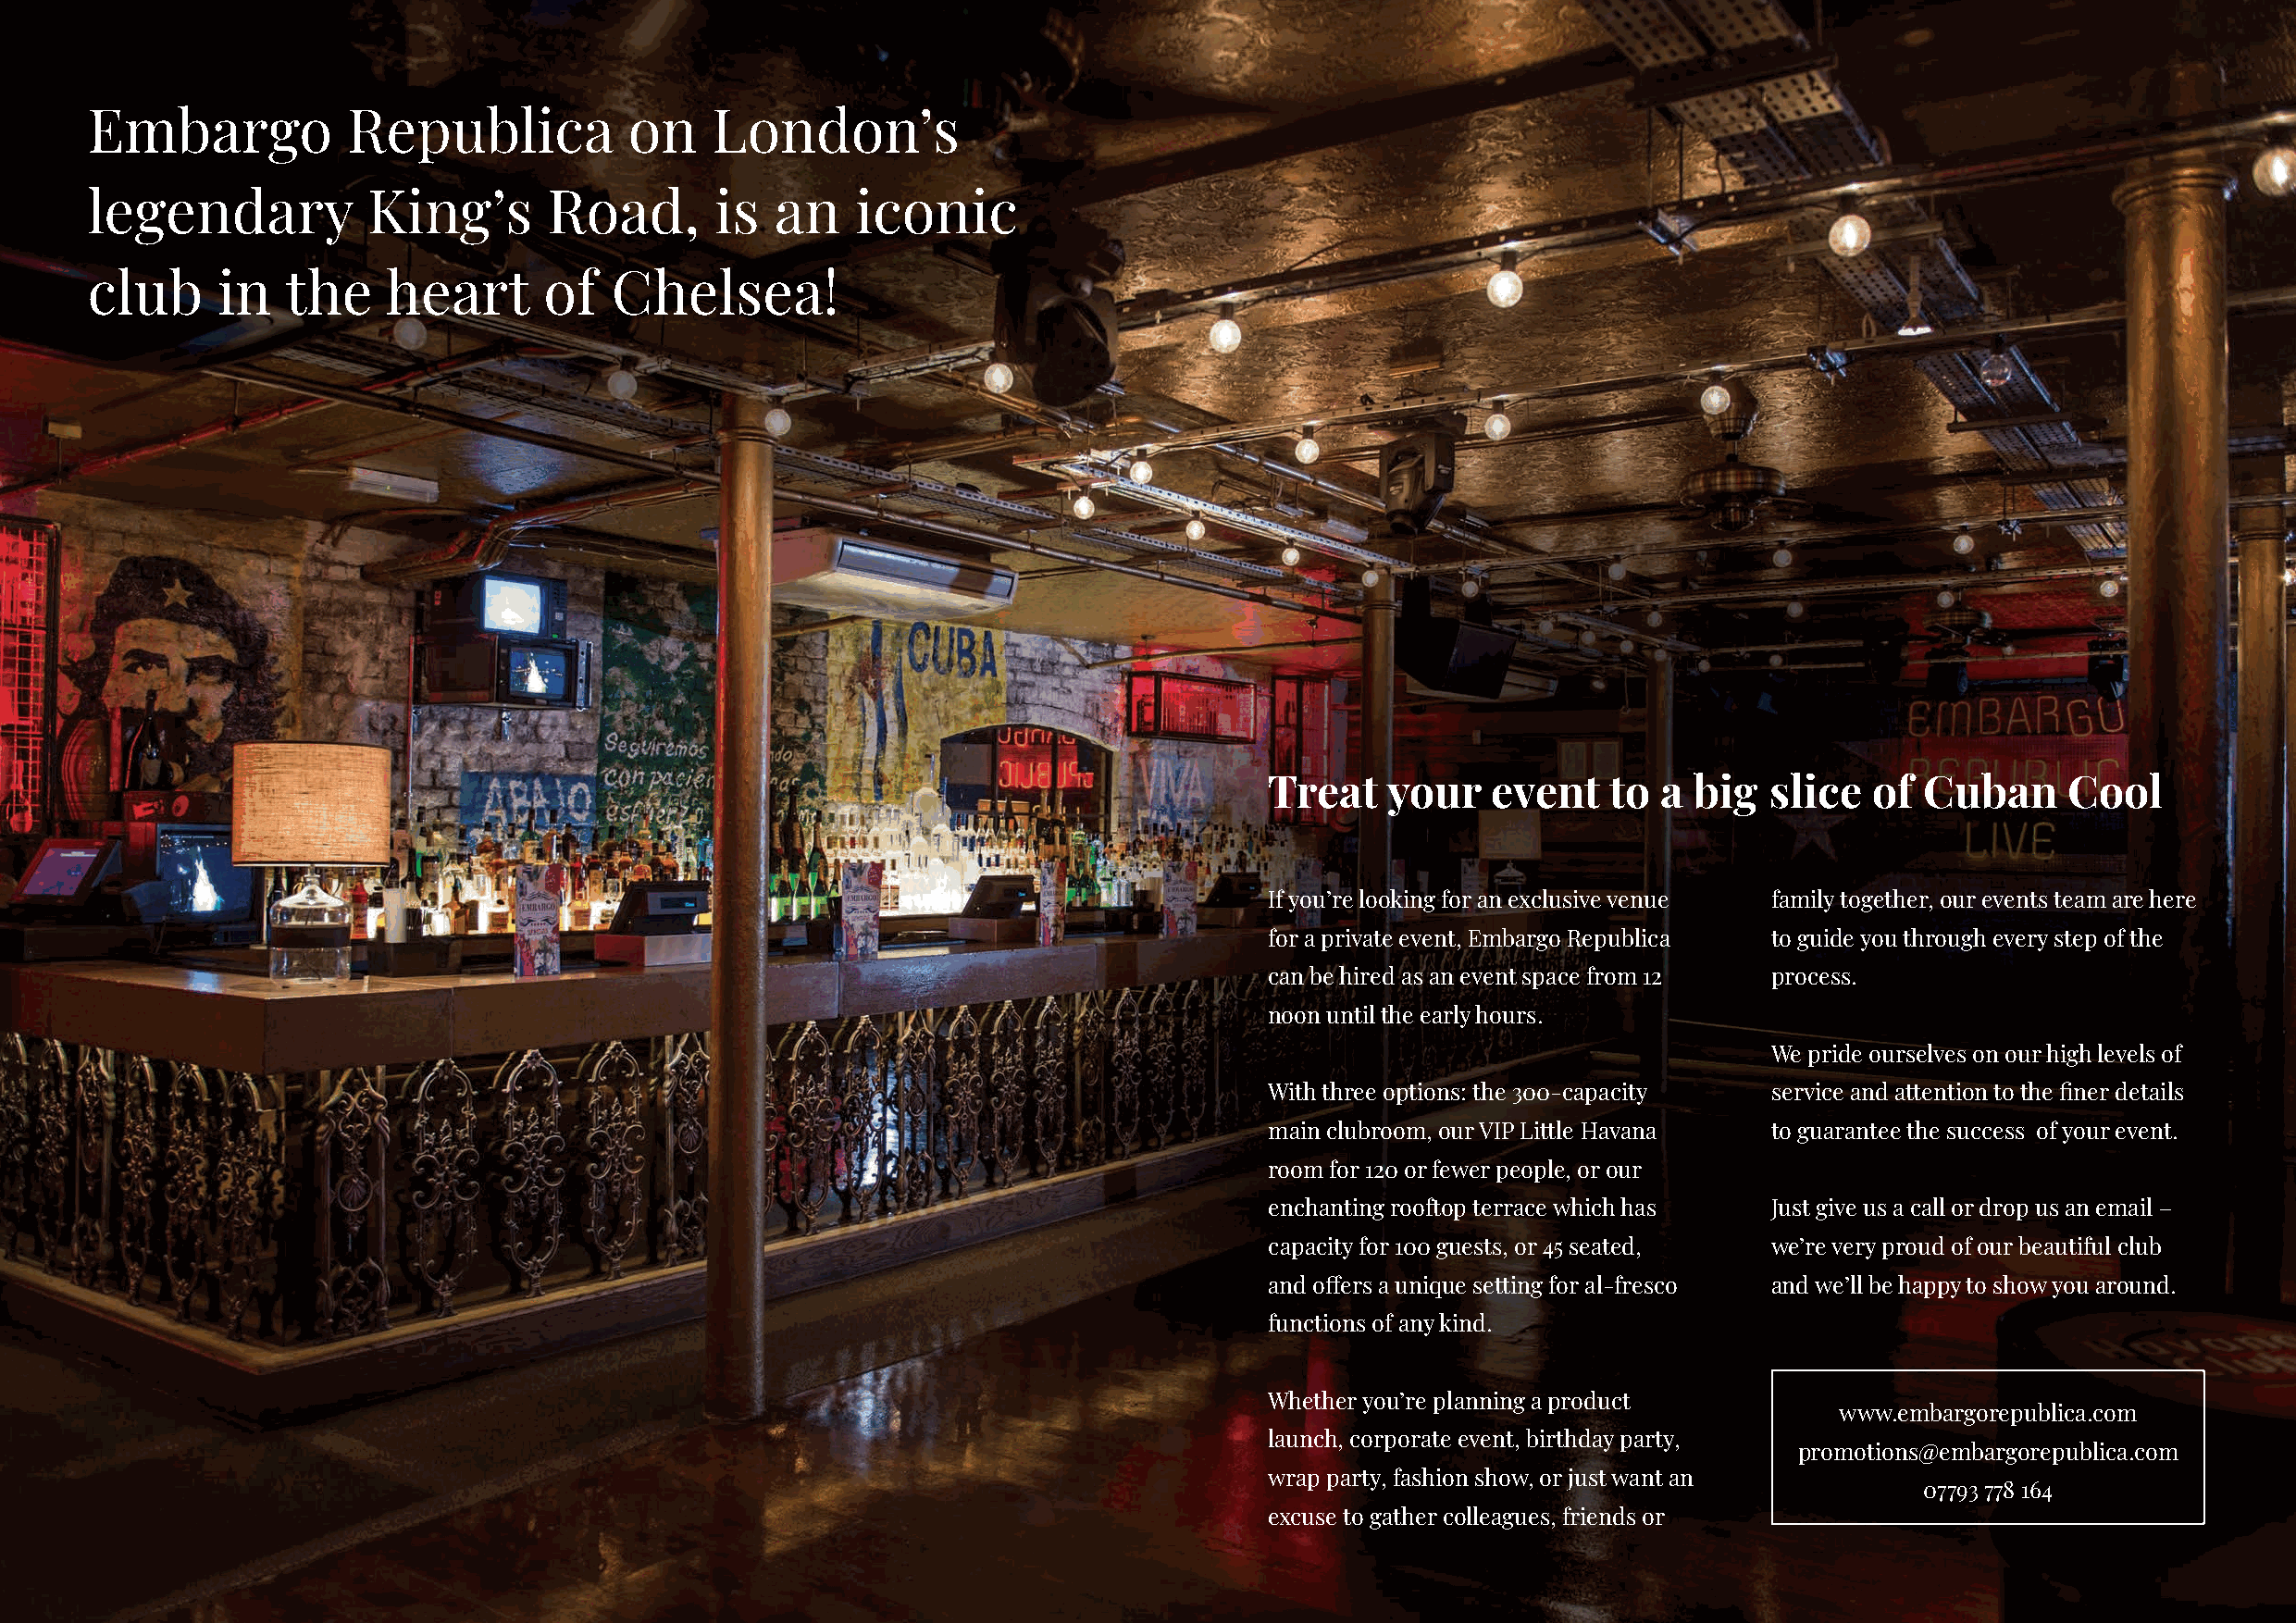
Embargo            Republica           on    London’s
 legendary           King’s       Road,       is  an    iconic
 club      in  the     heart      of   Chelsea!
 Treat   your    event   to  a big   slice  of  Cuban     Cool
 If you’re looking for an exclusive venue family together, our events team are here
 for a private event, Embargo Republica to guide you through every step of the
 can be hired as an event space from 12 process.
 noon until the early hours.
 We pride ourselves on our high levels of
 With three options: the 300-capacity service and attention to the finer details
 main clubroom, our VIP Little Havana to guarantee the success of your event.
 room for 120 or fewer people, or our
 enchanting rooftop terrace which has Just give us a call or drop us an email –
 capacity for 100 guests, or 45 seated, we’re very proud of our beautiful club
 and offers a unique setting for al-fresco and we’ll be happy to show you around.
 functions of any kind.
 Whether you’re planning a product
 www.embargorepublica.com
 launch, corporate event, birthday party,
 promotions@embargorepublica.com
 wrap party, fashion show, or just want an
 07793 778 164
 excuse to gather colleagues, friends or